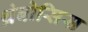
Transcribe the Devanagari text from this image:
थ्रंबोसिस